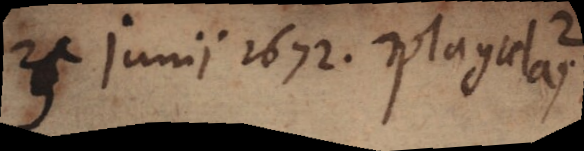
25 junii 1672. plagulas 2